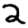
Digit: 2